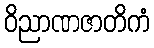
ဝိညာဏဇာတိကံ